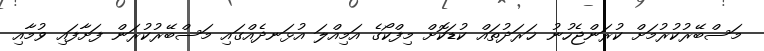
މަސްބޭރުކުރުމަށް ކުރަންޖެހުނު ޚަރަދުތައް ކުޑަކޮށް މިފްކޯގެ އަމިއްލަ އުޅަނދެއްގައި މަސްބޭރުކުރަން ފަށާފައި ވުމާއި